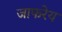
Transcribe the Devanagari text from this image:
जाफरेय